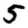
Digit: 5